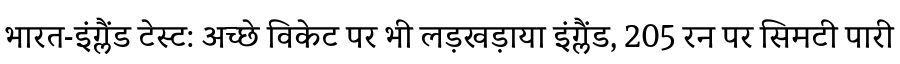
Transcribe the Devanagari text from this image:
भारत-इंग्लैंड टेस्ट: अच्छे विकेट पर भी लड़खड़ाया इंग्लैंड, 205 रन पर सिमटी पारी